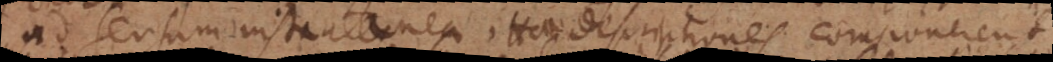
ad sensum instantanea. Haec descriptiones componerent